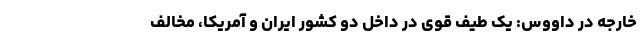
خارجه در داووس: یک طیف قوی در داخل دو کشور ایران و آمریکا، مخالف